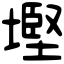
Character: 𡐖